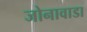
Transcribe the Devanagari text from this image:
जोनावाडा